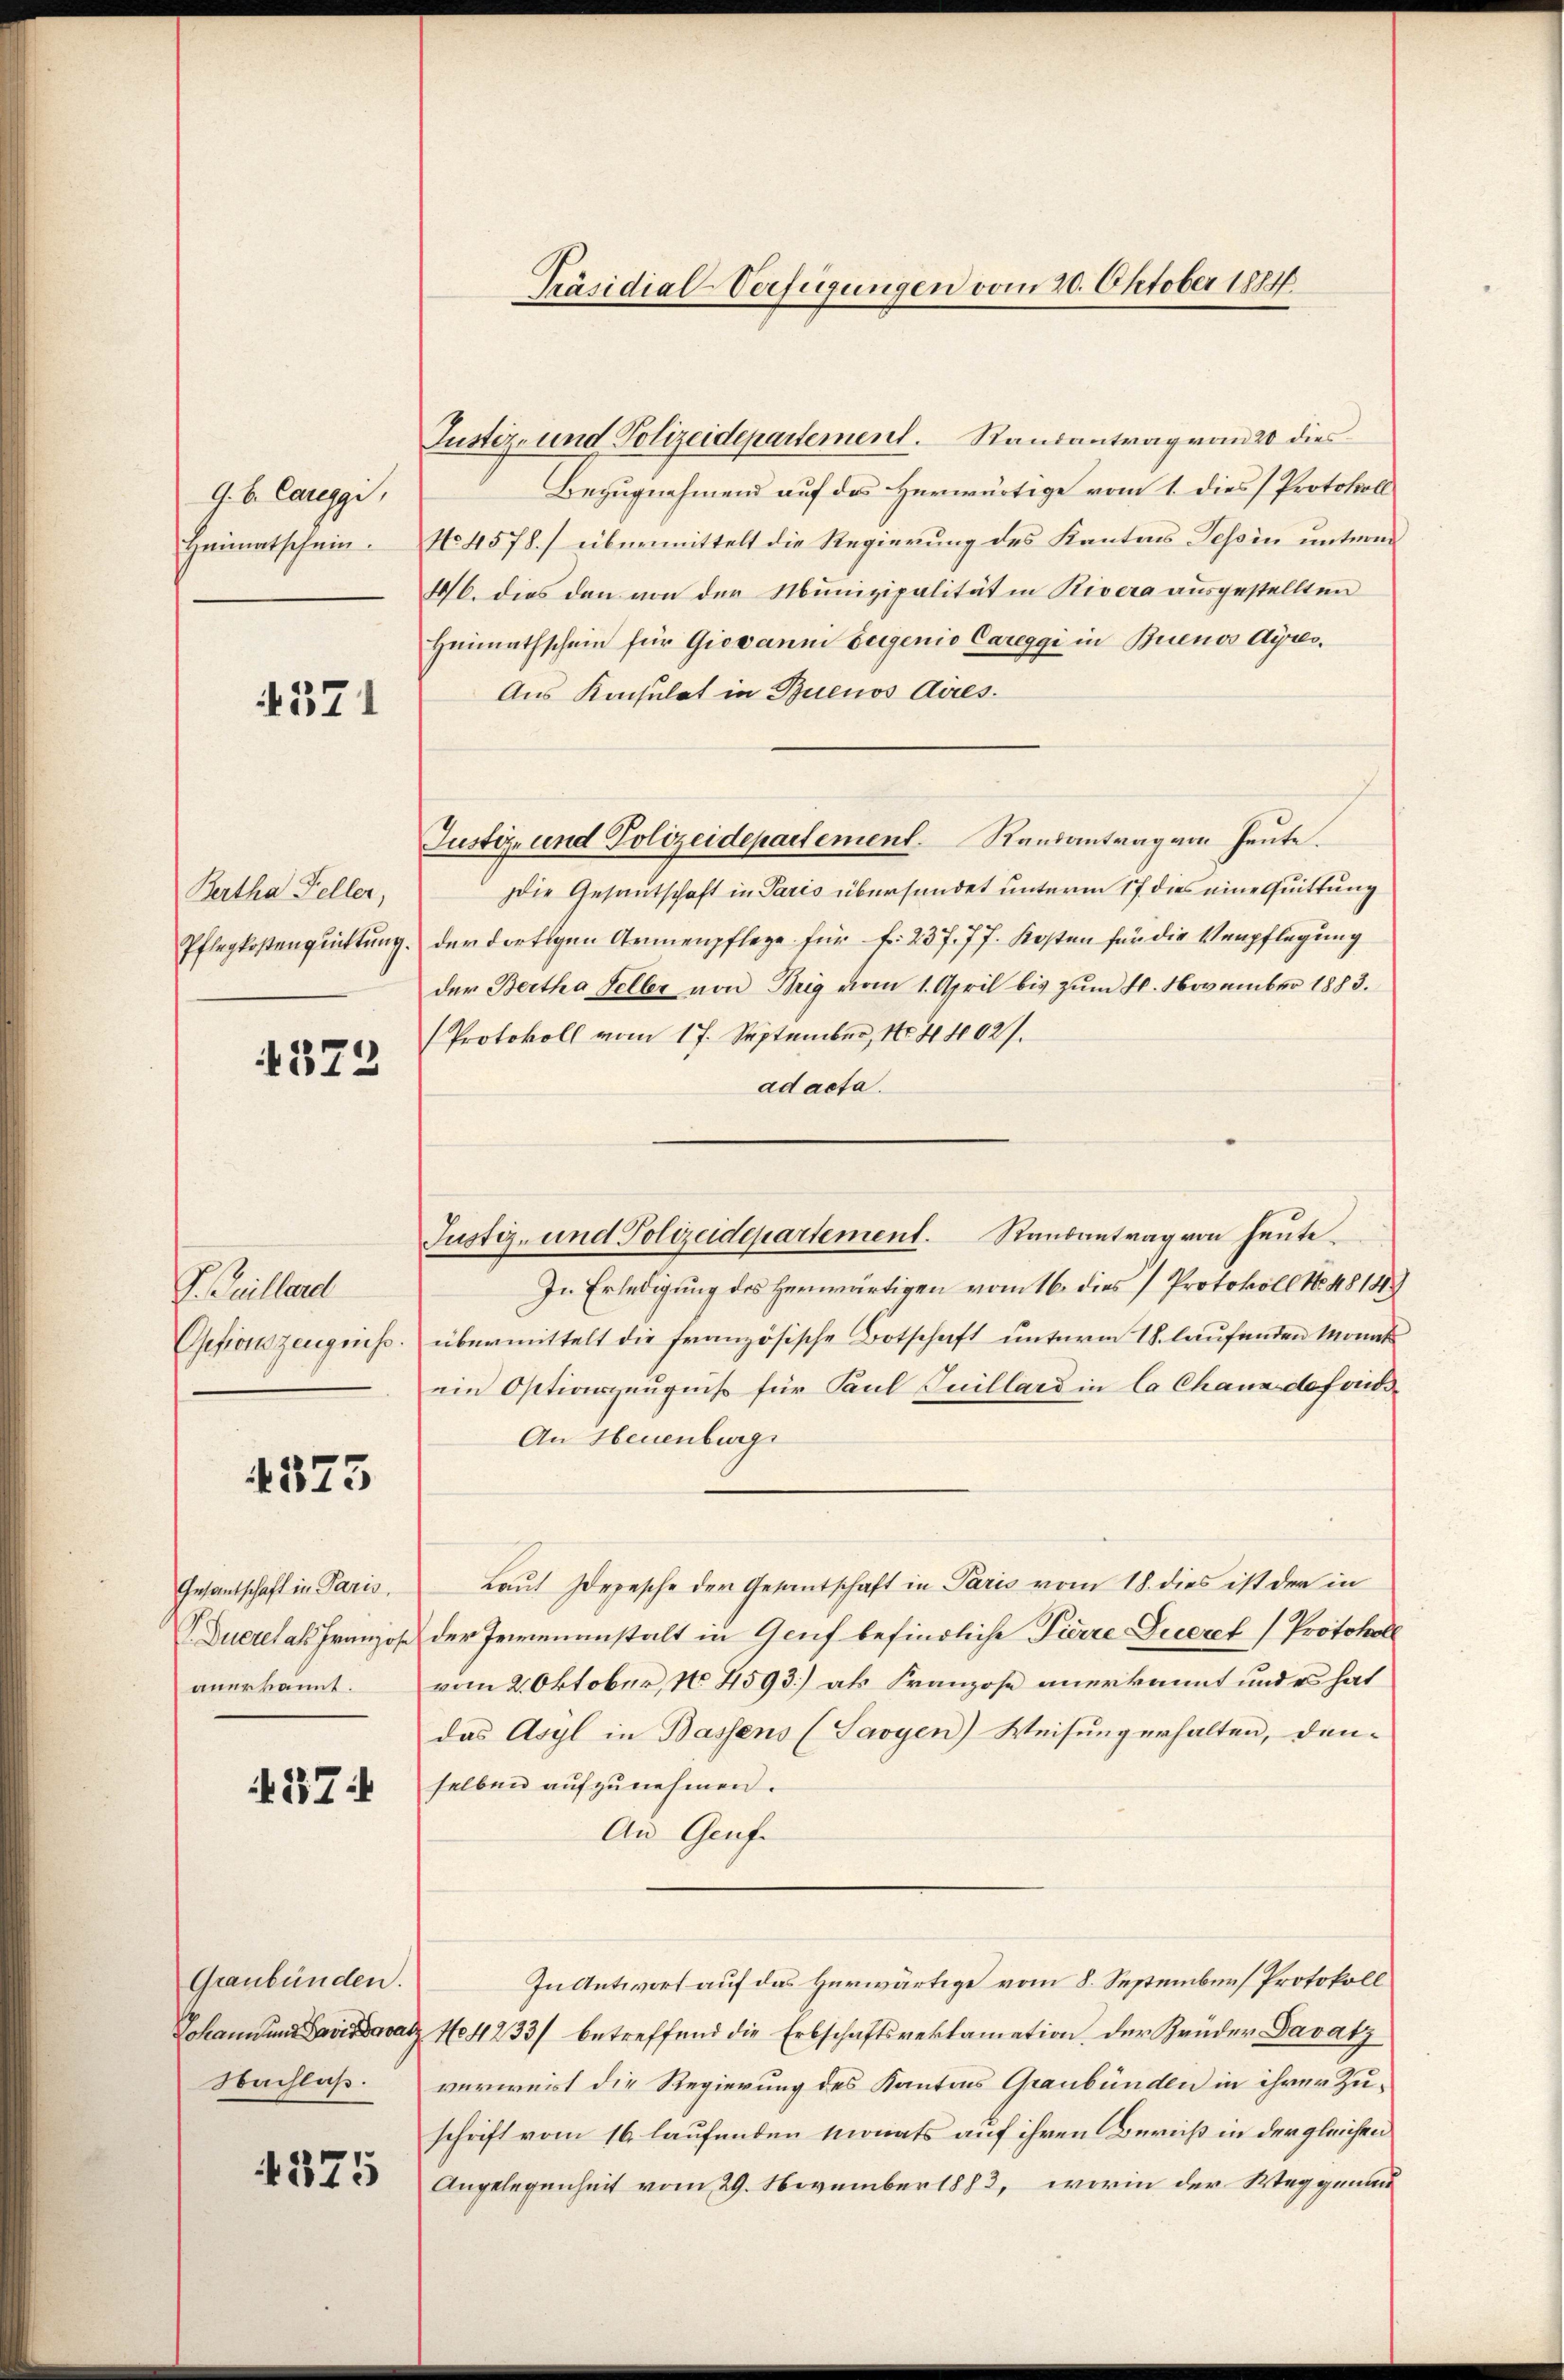
G.b. Cariggi,
Heimatschein.

4571

Bertha Feller,
Pflegkostenquittung.

572

P. Guillerd
Gsesionszeugniss.

4373

Gesantschaft in Paris,
Dueret als Franzose
anerkannt.

37

Graubünden.
Johann und Parisatz
Nachlaß.

375

Präsidial-Verfügungen vom 20. Oktober 1884.

Justiz- und Polizeidepartement. Randantrag vom 20 dies
Bezugnahmend auf des Herwärtige vom 1. dies (Protokoll
No 4578.) übermittelt die Regierung des Kantons Tessin unterm
46. dies den von der Munizipalität in Rivera ausgestellten
Heimathschein für Giovani beigenio Careggi in Buenos Ayres,
Aus Konsulat in Buenos Aires.
Justiz- und Polizeidepartement. Randantrag von heute.
Die Gesantschaft in Paris übersündet unterm 17. dies eine Quittung
der dortigen Armenpflege für f. 237. 77. Kosten für die Verpflegung
der Bertha Seller von Brig vom 1. April bis zum 1. November 1883.
Protokoll vom 17. September, 1044027.
ad acta.
In Erledigung des Herwärtigen vom 16. dies Protokoll No. 4814
übermittelt die französische Botschaft unterm 18. laufenden Monat
ein Optionszeugniß für Paul Juillard in la Chaux defriedi¬
An Heuenburge
Laut Zepesche der Gesantschaft in Paris vom 18. dies ist der in
der Jewenanstalt in Genf befindliche Pierre Queret Protokoll
vom 2. Oktober, 1. 4593] als Franzose anerkannt und es hat
das Asyl in Bassens (Savyen) Weisung erhalten, den-
selben aŭfzŭnehmen.
An Genfe
In Antwort auf das Herwärtige vom 8. September Protokoll
No 4233/ betreffend die Erbschaftsreklamation der Brüder Davatz
verweist die Regierung des Kantons Graubünden in ihrer Zuschrift vom 16 laufenden Monats auf ihren Zürich in der gleichen
Angelegenheit vom 29. November 1883, worin der Weggenau

Justiz- und Polizeidepartement. Raubantrag von heute.